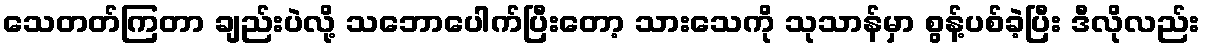
သေတတ်ကြတာ ချည်းပဲလို့ သဘောပေါက်ပြီးတော့ သားသေကို သုသာန်မှာ စွန့်ပစ်ခဲ့ပြီး ဒီလိုလည်း